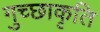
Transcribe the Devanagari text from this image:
गुच्छाकृति